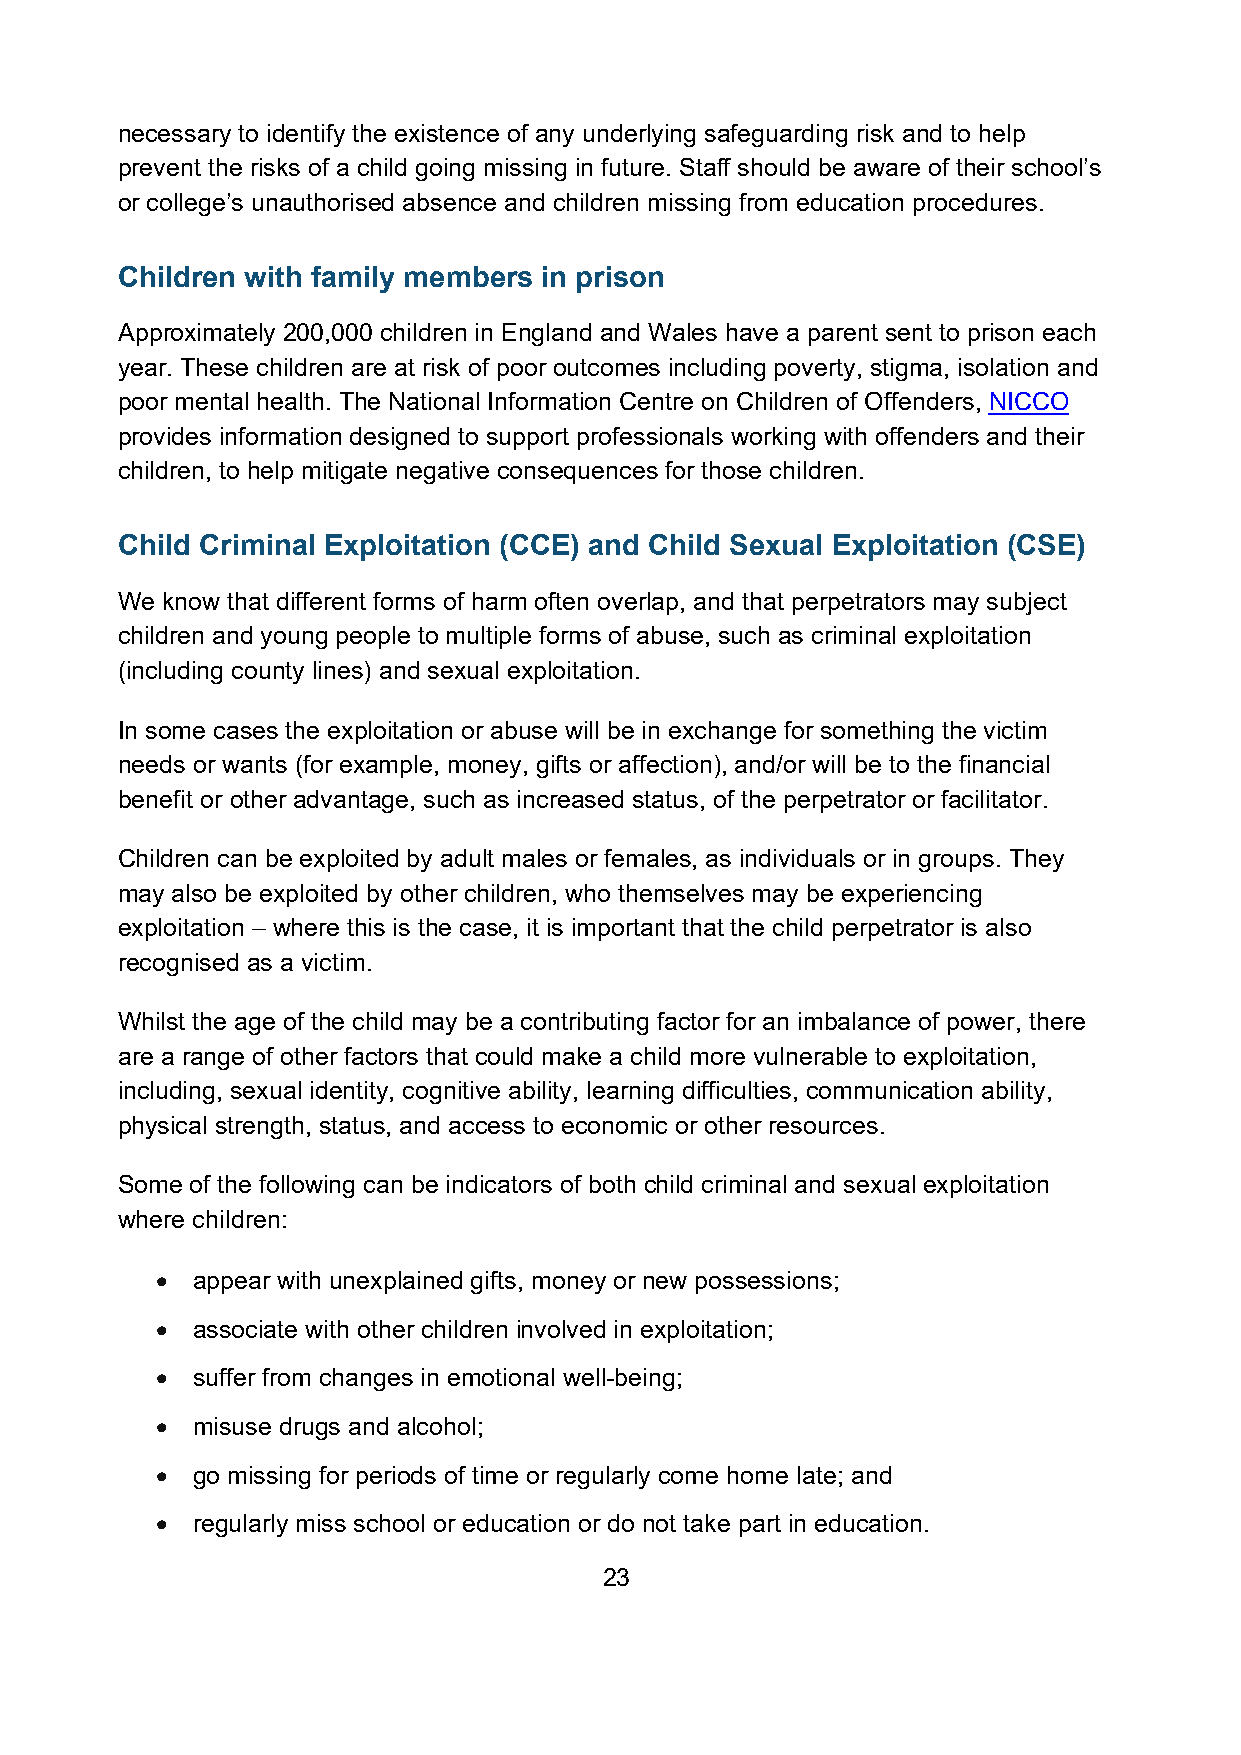
necessary to identify the existence of any underlying safeguarding risk and to help
 prevent the risks of a child going missing in future. Staff should be aware of their school’s
 or college’s unauthorised absence and children missing from education procedures.
 Children with family members in prison
 Approximately 200,000 children in England and Wales have a parent sent to prison each
 year. These children are at risk of poor outcomes including poverty, stigma, isolation and
 poor mental health. The National Information Centre on Children of Offenders, NICCO
 provides information designed to support professionals working with offenders and their
 children, to help mitigate negative consequences for those children.
 Child Criminal Exploitation (CCE) and Child Sexual Exploitation (CSE)
 We know that different forms of harm often overlap, and that perpetrators may subject
 children and young people to multiple forms of abuse, such as criminal exploitation
 (including county lines) and sexual exploitation.
 In some cases the exploitation or abuse will be in exchange for something the victim
 needs or wants (for example, money, gifts or affection), and/or will be to the financial
 benefit or other advantage, such as increased status, of the perpetrator or facilitator.
 Children can be exploited by adult males or females, as individuals or in groups. They
 may also be exploited by other children, who themselves may be experiencing
 exploitation – where this is the case, it is important that the child perpetrator is also
 recognised as a victim.
 Whilst the age of the child may be a contributing factor for an imbalance of power, there
 are a range of other factors that could make a child more vulnerable to exploitation,
 including, sexual identity, cognitive ability, learning difficulties, communication ability,
 physical strength, status, and access to economic or other resources.
 Some of the following can be indicators of both child criminal and sexual exploitation
 where children:
 •  appear with unexplained gifts, money or new possessions;
 •  associate with other children involved in exploitation;
 •  suffer from changes in emotional well-being;
 •  misuse drugs and alcohol;
 •  go missing for periods of time or regularly come home late; and
 •  regularly miss school or education or do not take part in education.
 23